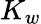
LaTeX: K_{w}